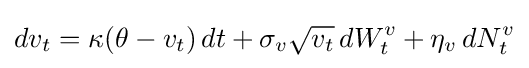
dv_{t}=\kappa (\theta -v_{t})\,dt+\sigma _{v}{\sqrt {v_{t}}}\,dW_{t}^{v}+\eta _{v}\,dN_{t}^{v}